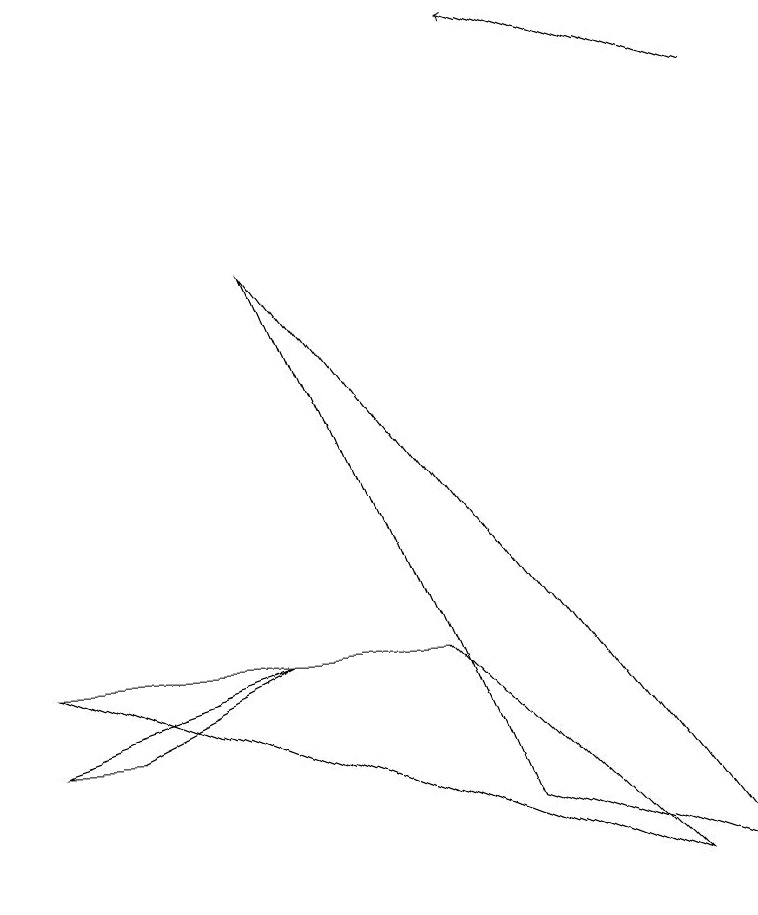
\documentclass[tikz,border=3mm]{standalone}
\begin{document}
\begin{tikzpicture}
\draw[->] (9,11) -- (6,12);
\draw (3,4) -- (0,3) -- (1,3) -- cycle;
\draw (3,9) -- (9,1) -- (6,2) -- cycle;
\draw (5,4) -- (8,1) -- (0,4) -- cycle;
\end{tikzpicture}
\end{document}